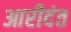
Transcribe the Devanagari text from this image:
आरीदंत